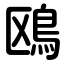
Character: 鴎